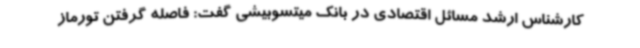
کارشناس ارشد مسائل اقتصادی در بانک میتسوبیشی گفت: فاصله گرفتن تورماز